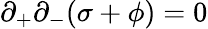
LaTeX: \partial_{+}\partial_{-}(\sigma+\phi)=0